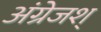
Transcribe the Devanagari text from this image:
अंग्रेजश्